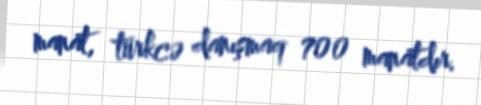
manat, türkcə danışmaq 700 manatdır.